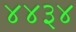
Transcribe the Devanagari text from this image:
४४३४